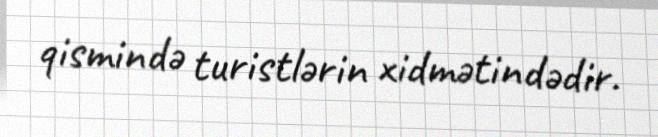
qismində turistlərin xidmətindədir.